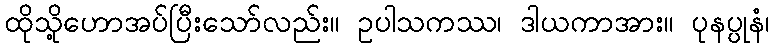
ထိုသို့ဟောအပ်ပြီးသော်လည်း။ ဥပါသကဿ၊ ဒါယကာအား။ ပုနပ္ပုနံ၊